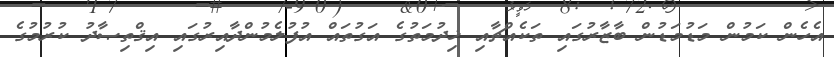
އެހެން ކަމުން މަޑުމަޑުން ބާޒާރުގައި ތަކެއްޗާއި ޚިދުމަތުގެ އަގުތައް އުފުލެމުންދާއިރުގައި އިޤްތިޞާދު ކުރުމުގެ